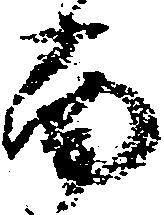
南